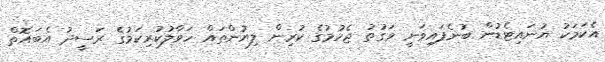
އެކަމަކު ޔުނައިޓެޑުން ބުނެފައިވަނީ ވަގުތު ޖެހުމުގެ ކުރިން ލިޔުންތައް ހަވާލުކުރިކަމުގެ ރަސީދު އެބައޮތް